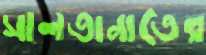
সালতানাতের